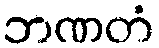
ဘဏတံ